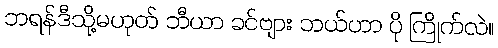
ဘရန်ဒီသို့မဟုတ် ဘီယာ ခင်ဗျား ဘယ်ဟာ ပို ကြိုက်လဲ။